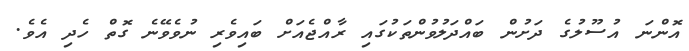
އޮންނަ އުސޫލުގެ ދަށުން ބައްދަލުވުންތަކުގައި ރާއްޖެއަށް ބައިވެރި ނުވެވޭނެ ގޮތް ހެދި އެވެ.